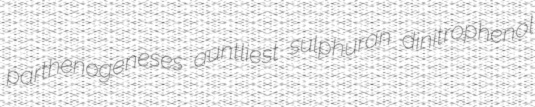
parthenogeneses auntliest sulphuran dinitrophenol